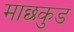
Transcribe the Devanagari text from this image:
माछकुड